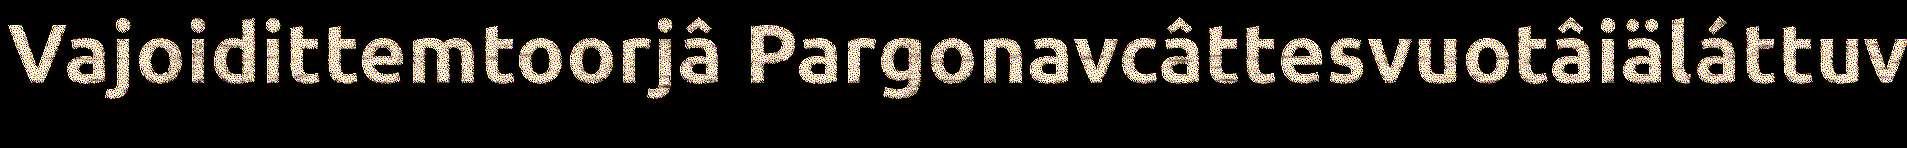
Vajoidittemtoorjâ Pargonavcâttesvuotâiäláttuv